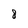
Character: 8